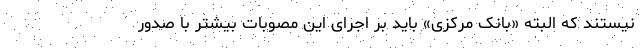
نیستند که البته «بانک مرکزی» باید بر اجرای این مصوبات بیشتر با صدور